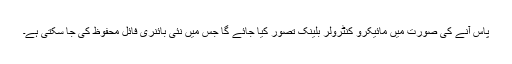
پاس آنے کی صورت میں مائیکرو کنٹرولر بلینک تصور کیا جائے گا جس میں نئی بائنری فائل محفوظ کی جا سکتی ہے۔